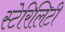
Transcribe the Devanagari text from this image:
स्टेरिलिटी